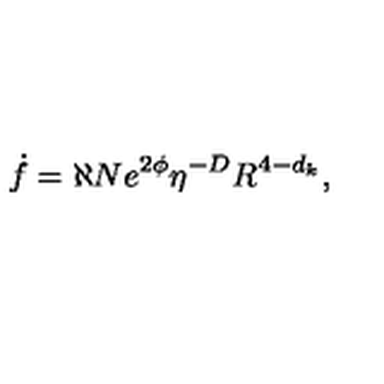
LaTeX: \dot { f } = \aleph N e ^ { 2 \phi } \eta ^ { - D } R ^ { 4 - d _ { k } } ,